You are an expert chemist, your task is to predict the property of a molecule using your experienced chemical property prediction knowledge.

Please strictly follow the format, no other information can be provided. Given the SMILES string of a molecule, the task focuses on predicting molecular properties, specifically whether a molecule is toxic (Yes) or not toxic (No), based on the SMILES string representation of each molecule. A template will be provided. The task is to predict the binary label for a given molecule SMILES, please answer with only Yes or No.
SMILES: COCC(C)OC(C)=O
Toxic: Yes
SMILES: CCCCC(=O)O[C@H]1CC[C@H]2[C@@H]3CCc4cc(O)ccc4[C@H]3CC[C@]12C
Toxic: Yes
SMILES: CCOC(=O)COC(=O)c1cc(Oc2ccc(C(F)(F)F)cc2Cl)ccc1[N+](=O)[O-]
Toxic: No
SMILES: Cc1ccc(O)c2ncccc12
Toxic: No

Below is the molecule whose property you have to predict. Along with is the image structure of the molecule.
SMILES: OC(CCN1CCCC1)(c1ccccc1)C1CCCCC1
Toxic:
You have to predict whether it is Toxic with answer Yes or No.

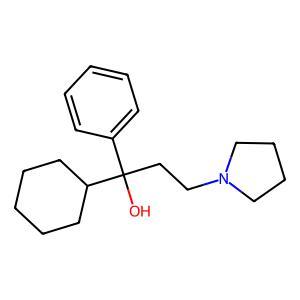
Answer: No